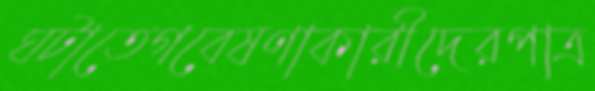
ঘটাতেগবেষণাকারীদেরপাত্র